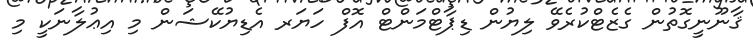
ޤާނޫނީގޮތުން ގެޒެޓްކުރެވޭ ލިޔުން ޑިޕާޓްމަންޓް އޮފް ހަޔަރ އެޑިޔުކޭޝަން މި އިޢުލާނަކީ މި